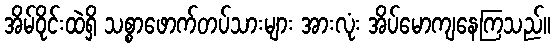
အိမ်ဝိုင်းထဲရှိ သစ္စာဖောက်တပ်သားများ အားလုံး အိပ်မောကျနေကြသည်။